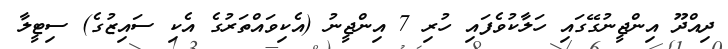
ދިއްދޫ އިންޖީނުގޭގައި ހަލާކުވެފައި ހުރި 7 އިންޖީނު (އެކިވައްތަރުގެ އެކި ސައިޒުގެ) ސިޓީލާ